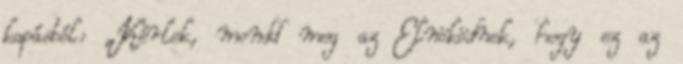
ka­pás­ból: „Kér­lek, mondd meg az El­nöködnek, hogy ez az